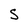
Character: S